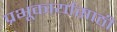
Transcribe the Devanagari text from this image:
प्रभूकार्यासाठी